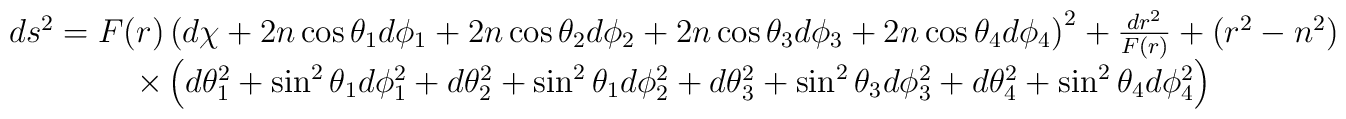
\begin{array}{c}ds^{2}=F(r)\left( d\chi +2n\cos \theta _{1}d\phi _{1}+2n\cos \theta_{2}d\phi _{2}+2n\cos \theta _{3}d\phi _{3}+2n\cos \theta _{4}d\phi_{4}\right) ^{2}+\frac{dr^{2}}{F(r)}+(r^{2}-n^{2}) \\ \times \left( d\theta _{1}^{2}+\sin ^{2}\theta _{1}d\phi _{1}^{2}+d\theta_{2}^{2}+\sin ^{2}\theta _{1}d\phi _{2}^{2}+d\theta _{3}^{2}+\sin ^{2}\theta_{3}d\phi _{3}^{2}+d\theta _{4}^{2}+\sin ^{2}\theta _{4}d\phi _{4}^{2}\right)\end{array}